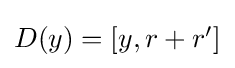
{\textstyle D(y)=[y,r+r']}